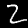
Label: 2